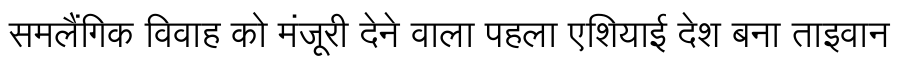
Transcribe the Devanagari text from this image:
समलैंगिक विवाह को मंजूरी देने वाला पहला एशियाई देश बना ताइवान